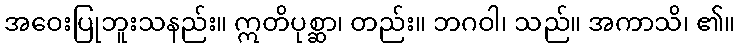
အဝေးပြုဘူးသနည်း။ ဣတိပုစ္ဆာ၊ တည်း။ ဘဂဝါ၊ သည်။ အကာသိ၊ ၏။